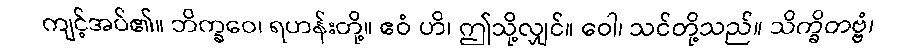
ကျင့်အပ်၏။ ဘိက္ခဝေ၊ ရဟန်းတို့။ ဧဝံ ဟိ၊ ဤသို့လျှင်။ ဝေါ၊ သင်တို့သည်။ သိက္ခိတဗ္ဗံ၊